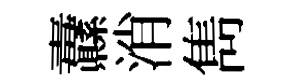
纛消雋